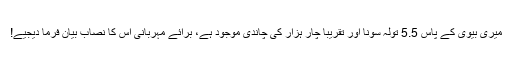
میری بیوی کے پاس 5.5 تولہ سونا اور تقریباً چار ہزار کی چاندی موجود ہے، برائے مہربانی اس کا نصاب بیان فرما دیجیے!